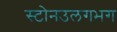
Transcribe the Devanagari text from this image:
स्टोनउलगभग